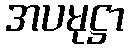
အပမုဋ္ဌာ